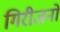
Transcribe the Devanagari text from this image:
गिरीजनों